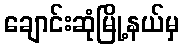
ချောင်းဆုံမြို့နယ်မှ